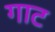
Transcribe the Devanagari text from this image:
गाट